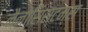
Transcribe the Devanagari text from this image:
नैनोसिस्टम्स